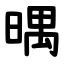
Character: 㬂